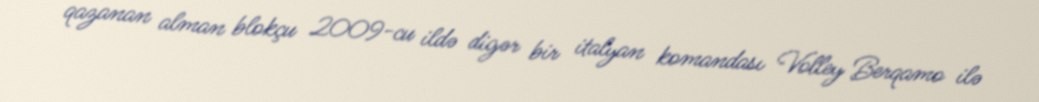
qazanan alman blokçu 2009-cu ildə digər bir italyan komandası Volley Berqamo ilə